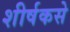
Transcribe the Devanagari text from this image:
शीर्षकसे